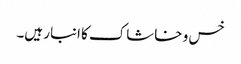
خس و خاشاک کا انبار ہیں۔